system: You are a helpful assistant.
user:
Analyze the provided spectrum to determine if it is a **S-type Star**.

- **Key Indicators for S-type Star:**

    - **(Overall Spectrum Shape):** The first and most obvious characteristic is the overall continuum (the "baseline" shape). It is **extremely "red-sloping,"** meaning the flux (light intensity) is very low on the left side (blue, ~4000-4500 Å) and rises steeply and continuously toward the right side (red, ~7000 Å+).

    - **(Primary):** The spectrum is defined by the presence of strong, broad molecular absorption "valleys" (bands) from **Zirconium Oxide (ZrO)**. The identification of these bands is the **primary requirement** for classifying a star as S-type.
        - **(Key Bandheads):** You must find distinct, deep "dips" where the light has been absorbed. The most critical band systems to locate are:
            - **~6474 Å** ($\gamma$-system): This is often the strongest and clearest ZrO feature, found in the red part of the spectrum.
            - **~5718 Å** & **~5551 Å** ($\beta$-system): A pair of prominent absorption features in the yellow-orange part of the spectrum.
            - **~4640 Å** ($\alpha$-system): A key absorption band system in the blue-green region of the spectrum.

    - **(Secondary Confirmation):** The classification is strengthened by finding additional absorption bands from other related heavy element oxides, which are expected to be present alongside ZrO.
        - **(Key Bandheads):**
            - **Yttrium Oxide (YO):** Look for absorption dips near **~4800 Å** and **~6100 Å**.
            - **Lanthanum Oxide (LaO):** Additional absorption features, particularly in the red-orange part of the spectrum, are also characteristic.

    - **(Line Profile):** The combination of the steep red continuum and these numerous, deep molecular bands (ZrO, YO, etc.) gives the entire spectrum a very **"chopped-up"** or **"bumpy"** appearance. Instead of a smooth curve, the spectrum looks as though large, wide chunks of light have been "carved out" of it at the specific wavelengths listed above.

Think first, call **spectral_visualization_tool** if needed to examine features in detail, then provide your final answer. Your response must adhere to the following strict rules:
1.  **Overall Structure:** Your response must follow the format `<think>...</think> <tool_call>...</tool_call> (if a tool is used) <answer>...</answer>`.
2.  **Tool Usage Constraint:** You may only make **one** tool call per turn.
3.  **Final Answer Format:** In the `<answer>` tag, your conclusion must be inside a `\boxed{}` command (e.g., `\boxed{YES}` or `\boxed{NO}`), followed by your justification.

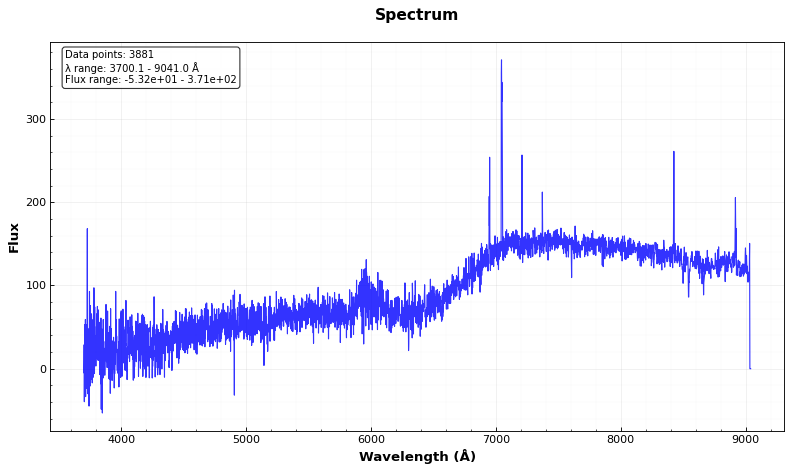
Answer: NO